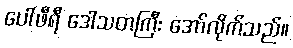
ပေါ်ဖီရီ ဒေါသတကြီး အော်လိုက်သည်။